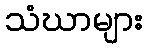
သံဃာများ